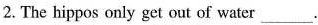
2. The hippos only get out of water ___.